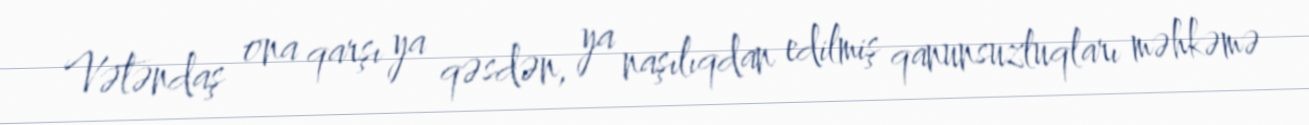
Vətəndaş ona qarşı ya qəsdən, ya naşılıqdan edilmiş qanunsuzluqları məhkəmə